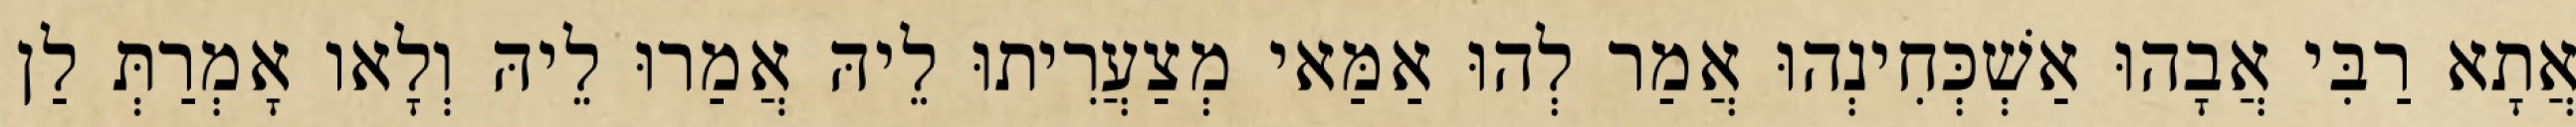
אֲתָא רַבִּי אֲבָהוּ אַשְׁכְּחִינְהוּ אֲמַר לְהוּ אַמַּאי מְצַעֲרִיתוּ לֵיהּ אֲמַרוּ לֵיהּ וְלָאו אָמְרַתְּ לַן